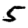
Digit: 5